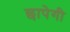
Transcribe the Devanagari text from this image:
छापेगी